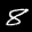
Label: 8